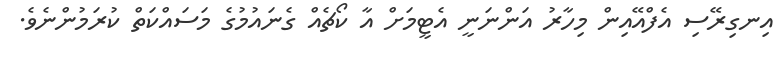
އިނގިރޭސި އެފްއޭއިން މިހާރު އަންނަނީ އެޓީމަށް އާ ކޯޗެއް ގެނައުމުގެ މަސައްކަތް ކުރަމުންނެވެ.